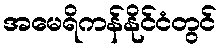
အမေရိကန်နိုင်ငံတွင်